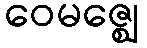
ဝေမဇ္ဈေ